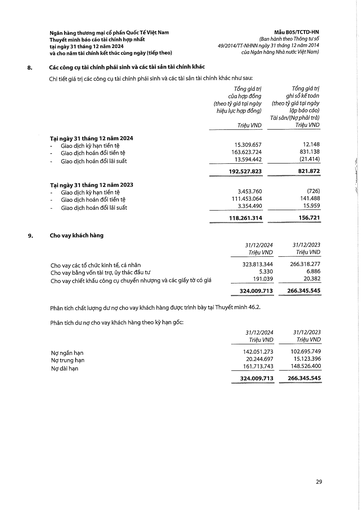
||Tổng giá trị của hợp đồng (theo tỷ giá tại ngày hiệu lực hợp đồng) Triệu VND|Tổng giá trị ghi sổ kế toán (theo tỷ giá tại ngày lập báo cáo) Tài sản/(Nợ phải trả) Triệu VND| |---|---|---| |Tại ngày 31 tháng 12 năm 2024||| |- Giao dịch kỳ hạn tiền tệ|15.309.657|12.148| |- Giao dịch hoán đổi tiền tệ|163.623.724|831.138| |- Giao dịch hoán đổi lãi suất|13.594.442|(21.414)| ||192.527.823|821.872| |Tại ngày 31 tháng 12 năm 2023||| |- Giao dịch kỳ hạn tiền tệ|3.453.760|(726)| |- Giao dịch hoán đổi tiền tệ|111.453.064|141.488| |- Giao dịch hoán đổi lãi suất|3.354.490|15.959| ||118.261.314|156.721| ||31/12/2024 Triệu VND|31/12/2023 Triệu VND| |---|---|---| |Cho vay các tổ chức kinh tế, cá nhân|323.813.344|266.318.277| |Cho vay bằng vốn tài trợ, ủy thác đầu tư|5.330|6.886| |Cho vay chiết khấu công cụ chuyển nhượng và các giấy tờ có giá|191.039|20.382| ||324.009.713|266.345.545| ||31/12/2024 Triệu VND|31/12/2023 Triệu VND| |---|---|---| |Nợ ngắn hạn|142.051.273|102.695.749| |Nợ trung hạn|20.244.697|15.123.396| |Nợ dài hạn|161.713.743|148.526.400| ||324.009.713|266.345.545|